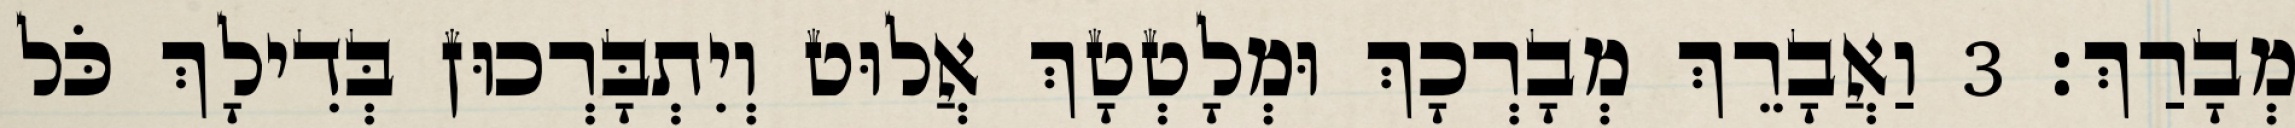
מְבָרַךְ׃ 3 וַאֲבָרֵךְ מְבָרְכָךְ וּמְלָטְטָךְ אֲלוּט וְיִתְבָּרְכוּן בְּדִילָךְ כֹּל